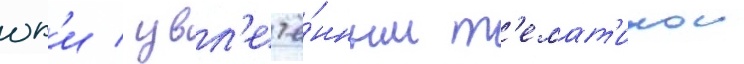
юк'и / увл'ечё́нным т'емат'икои